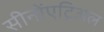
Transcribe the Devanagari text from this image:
सीनोंएट्रिअल